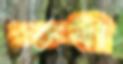
রক্তবী